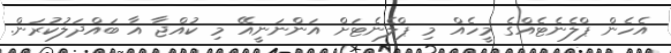
އެހެން ޕްލެނެޓެއްގެ މީހެއް މި ޕްލެނެޓަށް އަންނަނީއޭ މި ކުއްޖާ އާ ބައްދަލުކުރަން.